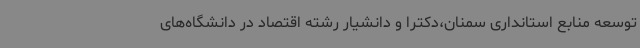
توسعه منابع استانداری سمنان،دکترا و دانشیار رشته اقتصاد در دانشگاه‌های